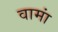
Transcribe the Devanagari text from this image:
वामां